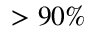
> 9 0 \%